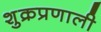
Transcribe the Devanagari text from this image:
शुक्रप्रणाली